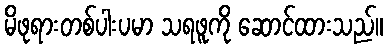
မိဖုရားတစ်ပါးပမာ သရဖူကို ဆောင်ထားသည်။